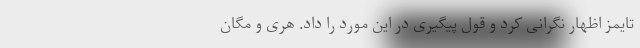
تایمز اظهار نگرانی کرد و قول پیگیری در این مورد را داد. هری و مگان